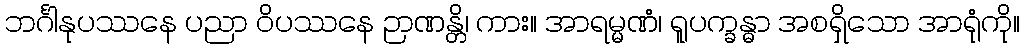
ဘင်္ဂါနုပဿနေ ပညာ ဝိပဿနေ ဉာဏန္တိ၊ ကား။ အာရမ္မဏံ၊ ရူပက္ခန္ဓာ အစရှိသော အာရုံကို။